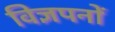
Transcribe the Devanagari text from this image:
विज्ञपनों